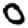
Digit: 0